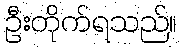
ဦးတိုက်ရသည်။